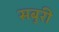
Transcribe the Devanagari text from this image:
सबुरी